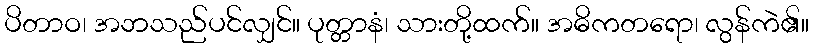
ပိတာဝ၊ အဘသည်ပင်လျှင်။ ပုတ္တာနံ၊ သားတို့ထက်။ အဓိကတရော၊ လွန်ကဲ၏။